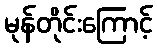
မုန်တိုင်းကြောင့်